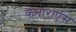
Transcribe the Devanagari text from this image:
कनाराएस